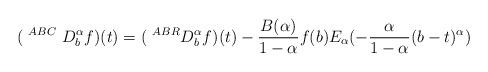
LaTeX: \begin{align*} (~^{ABC}~D_b^\alpha f)(t)=(~^{ABR}D_b^\alpha f)(t)-\frac{B(\alpha)}{1-\alpha} f(b)E_\alpha (-\frac{\alpha}{1-\alpha}(b-t)^\alpha)\end{align*}